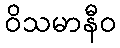
ဝိသမာနီဝ